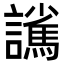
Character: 𮙃